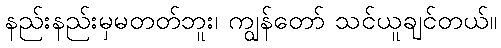
နည်းနည်းမှမတတ်ဘူး၊ ကျွန်တော် သင်ယူချင်တယ်။